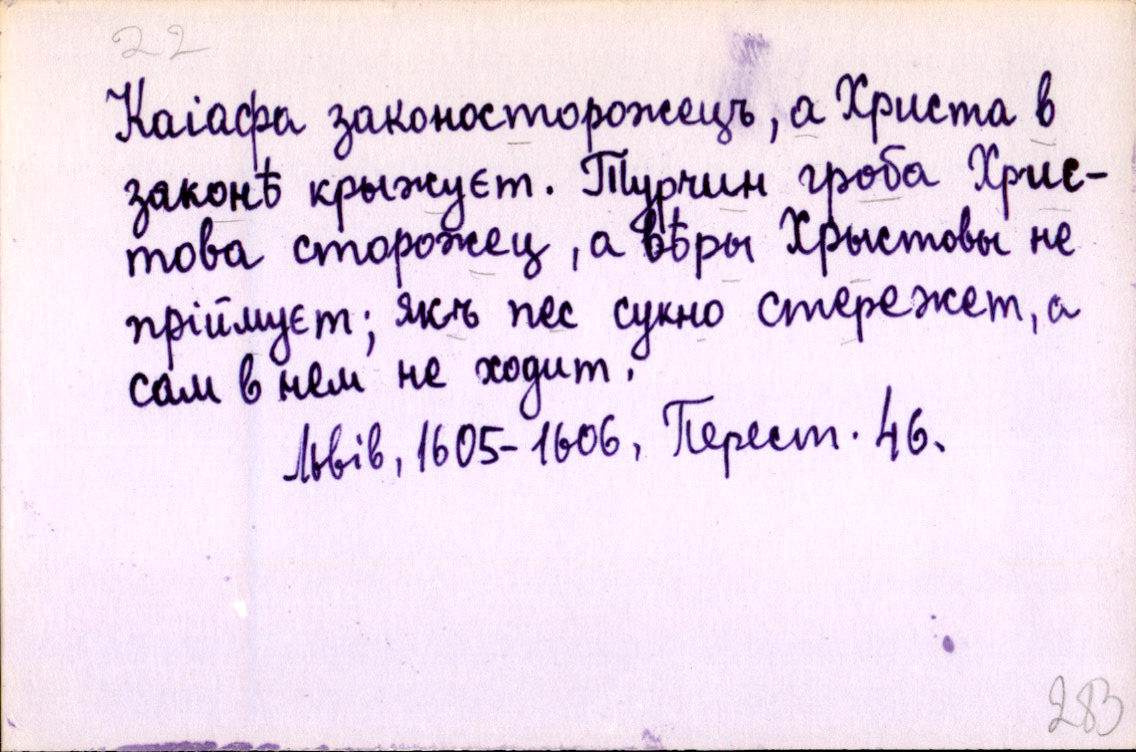
Каіафа законосторожецъ, а Христа в
законѣ крыжуєт. Турчин гроба Хрис-
това сторожец, а вѣры Хрыстовы не
пріймуєт; якъ пес сукно стережет, а
сам в нем не ходит.
Львів, 1605-1606, Перест. 46.